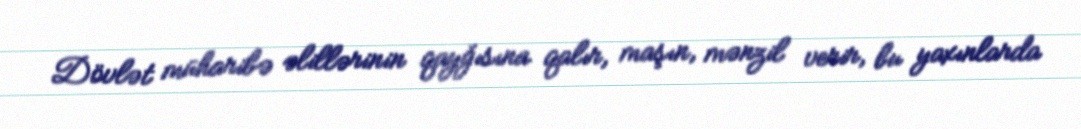
Dövlət müharibə əlillərinin qayğısına qalır, maşın, mənzil verir, bu yaxınlarda